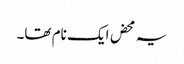
یہ محض ایک نام تھا۔